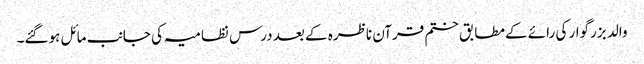
والد بزرگوار کی رائے کےمطابق ختم قرآن ناظرہ کے بعد درس نظامیہ کی جانب مائل ہوگئے۔